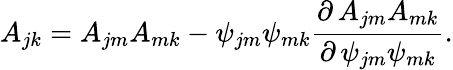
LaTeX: A_{jk}=A_{jm}A_{mk}-\psi_{jm}\psi_{mk}{\frac{\partial\, A_{jm}A_{mk}}{\partial\, \psi_{jm}\psi_{mk}}}.